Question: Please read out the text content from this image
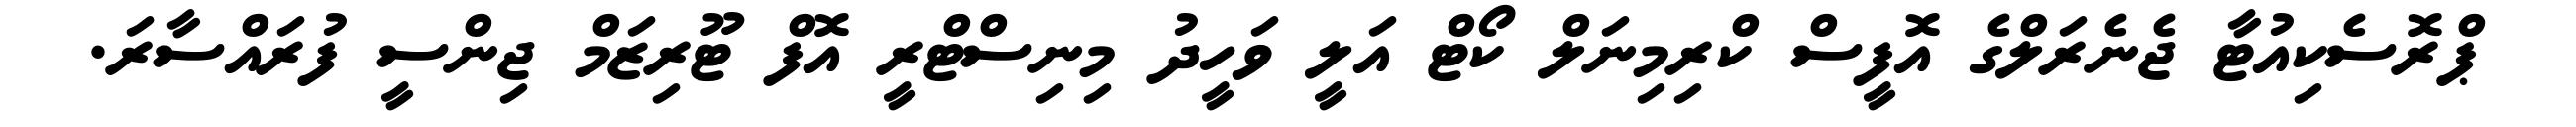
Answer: ޕްރޮސެކިއުޓާ ޖެނެރަލްގެ އޮފީސް ކްރިމިނަލް ކޯޓް އަލީ ވަހީދު މިނިސްޓްރީ އޮފް ޓޫރިޒަމް ޖިންސީ ފުރައްސާރަ.